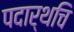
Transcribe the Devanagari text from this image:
पदार्थचि